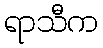
ရာသီက